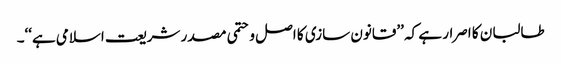
طالبان کا اصرار ہے کہ ’’قانون سازی کا اصل وحتمی مصدر شریعت اسلامی ہے‘‘۔